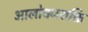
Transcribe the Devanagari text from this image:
आलोचनशक्ति